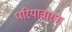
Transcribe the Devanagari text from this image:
परियावारण